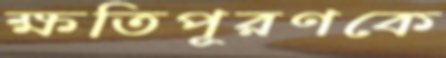
ক্ষতিপূরণকে